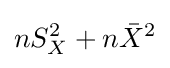
nS_{X}^{2}+n{\bar {X}}^{2}